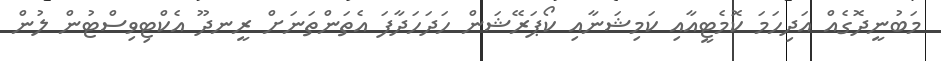
މަބުނީދޮގެއް އަދިހަމަ ކޮމެޓީއާއި ކަމިޝަނާއި ކޯޕަރޭޝަން ހަދަހަދާފަ އެތަންތަނަށް ރީނދޫ އެކްޓިވިސްޓުން ލުން